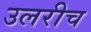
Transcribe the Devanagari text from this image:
उलरीच